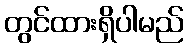
တွင်ထားရှိပါမည်